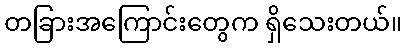
တခြားအကြောင်းတွေက ရှိသေးတယ်။